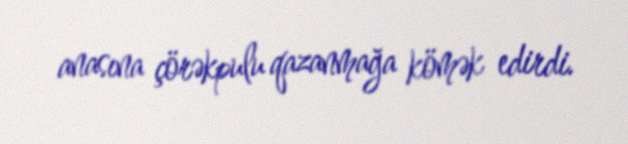
anasına çörəkpulu qazanmağa kömək edirdi.